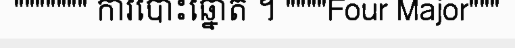
""""""" ការបោះឆ្នោត ។ """"Four Major"""